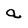
Character: a